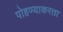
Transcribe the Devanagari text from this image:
पोहण्याकरता